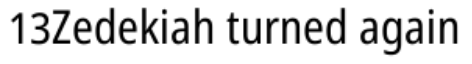
13Zedekiah turned again